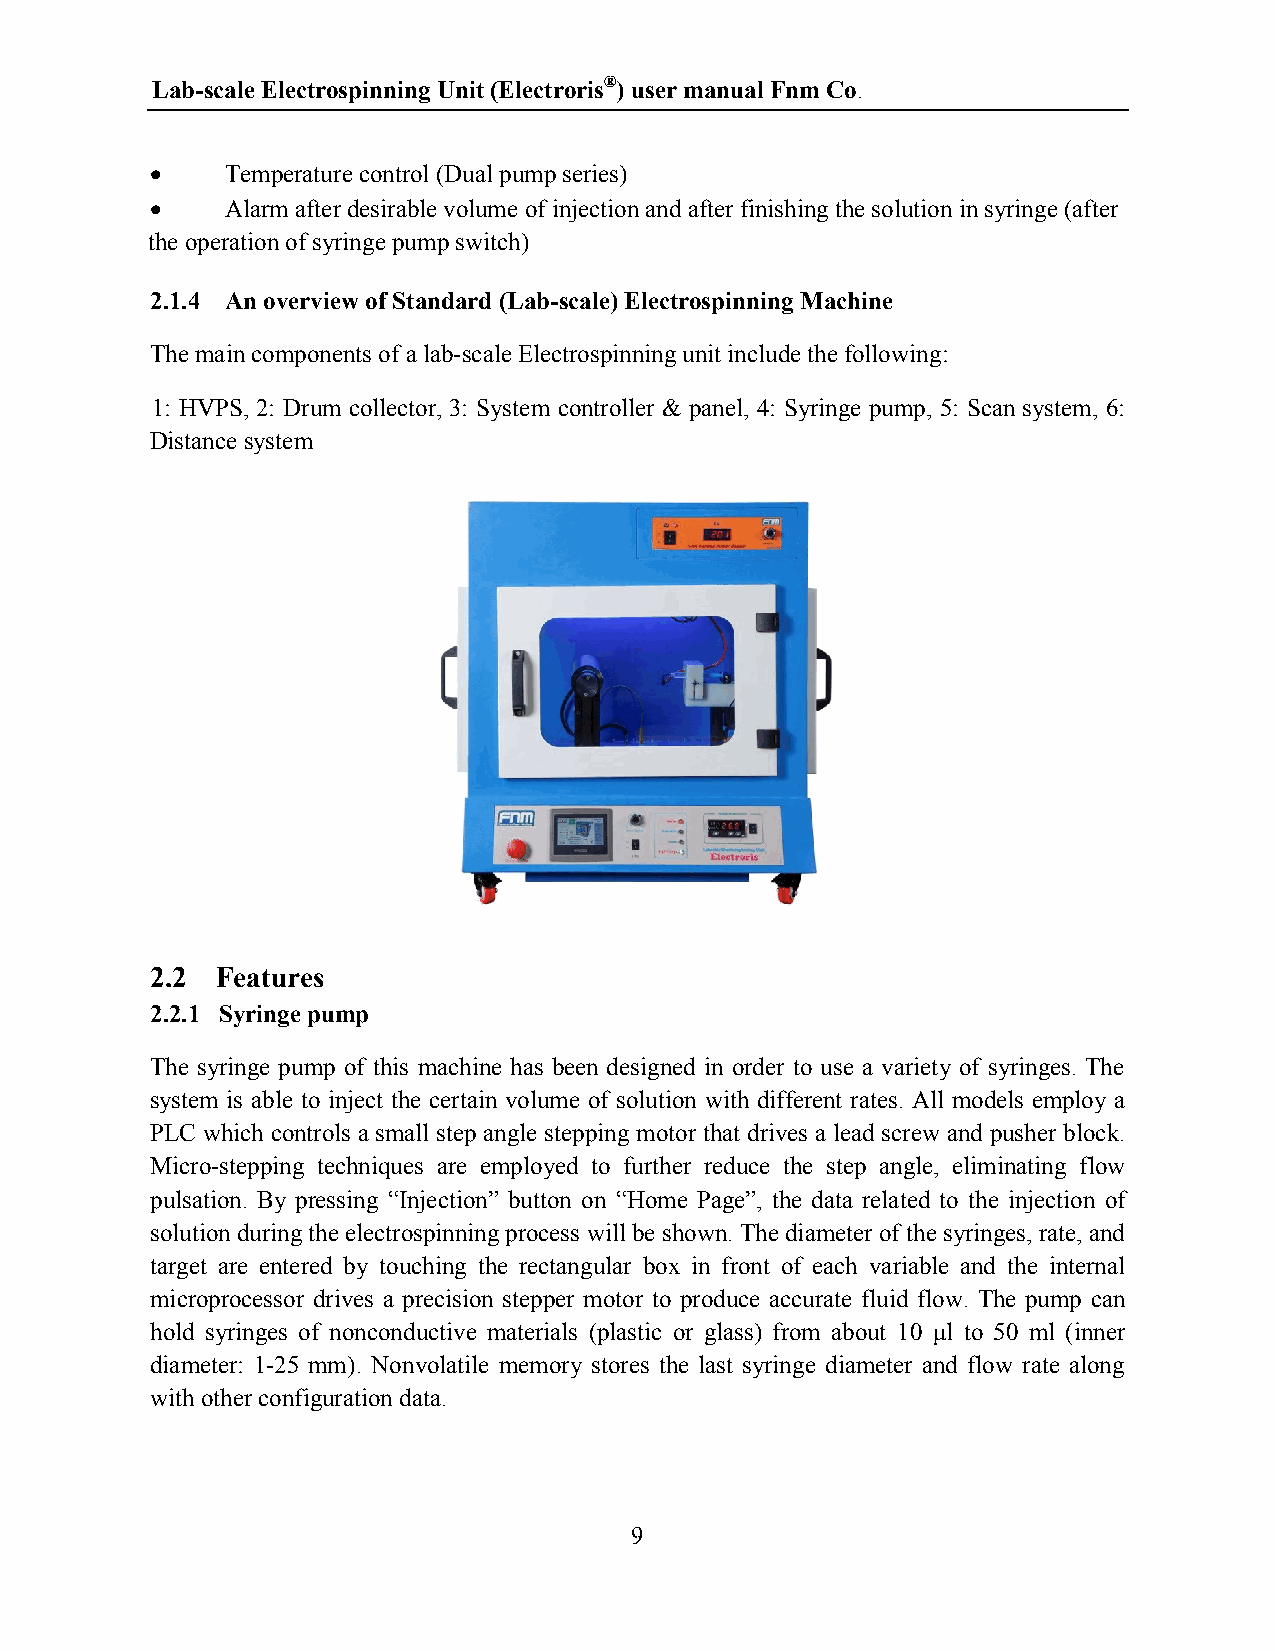
Lab-scale Electrospinning Unit (Electroris®) user manual Fnm Co.
     Temperature control (Dual pump series)
     Alarm after desirable volume of injection and after finishing the solution in syringe (after
 the operation of syringe pump switch)
 2.1.4 An overview of Standard (Lab-scale) Electrospinning Machine
 The main components of a lab-scale Electrospinning unit include the following:
 1: HVPS, 2: Drum collector, 3: System controller & panel, 4: Syringe pump, 5: Scan system, 6:
 Distance system
 2.2 Features
 2.2.1 Syringe pump
 The syringe pump of this machine has been designed in order to use a variety of syringes. The
 system is able to inject the certain volume of solution with different rates. All models employ a
 PLC which controls a small step angle stepping motor that drives a lead screw and pusher block.
 Micro-stepping techniques are employed to further reduce the step angle, eliminating flow
 pulsation. By pressing “Injection” button on “Home Page”, the data related to the injection of
 solution during the electrospinning process will be shown. The diameter of the syringes, rate, and
 target are entered by touching the rectangular box in front of each variable and the internal
 microprocessor drives a precision stepper motor to produce accurate fluid flow. The pump can
 hold syringes of nonconductive materials (plastic or glass) from about 10 μl to 50 ml (inner
 diameter: 1-25 mm). Nonvolatile memory stores the last syringe diameter and flow rate along
 with other configuration data.
 9